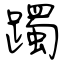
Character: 躅